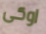
اوكى